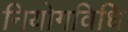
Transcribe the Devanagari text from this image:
नियोगविधि